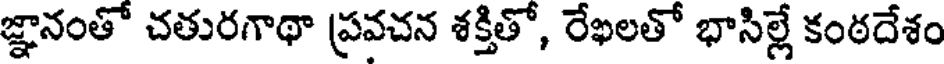
జ్ఞానంతో చతురగాథా ప్రవచన శక్తితో, రేఖలతో భాసిల్లే కంఠదేశం